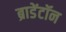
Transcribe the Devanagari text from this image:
ब्राडेंटॉन